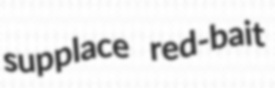
supplace red-bait